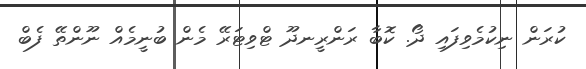
ކުރަން ނިކުމެވިފައި ދޯ. ކޮބާ ރަންރީނދޫ ޓްވިޓަރޭ މެން ބުނީމެއް ނޫންތޭ ފެބް